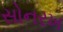
સોનરખ